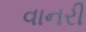
વાનરી